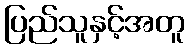
ပြည်သူနှင့်အတူ